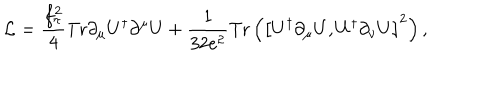
{ \cal L } = \frac { f _ { \pi } ^ { 2 } } { 4 } \mathrm { T r } \partial _ { \mu } U ^ { \dagger } \partial ^ { \mu } U + \frac { 1 } { 3 2 e ^ { 2 } } \mathrm { T r } \left( \left[ U ^ { \dagger } \partial _ { \mu } U , U ^ { \dagger } \partial _ { \nu } U \right] ^ { 2 } \right) ,